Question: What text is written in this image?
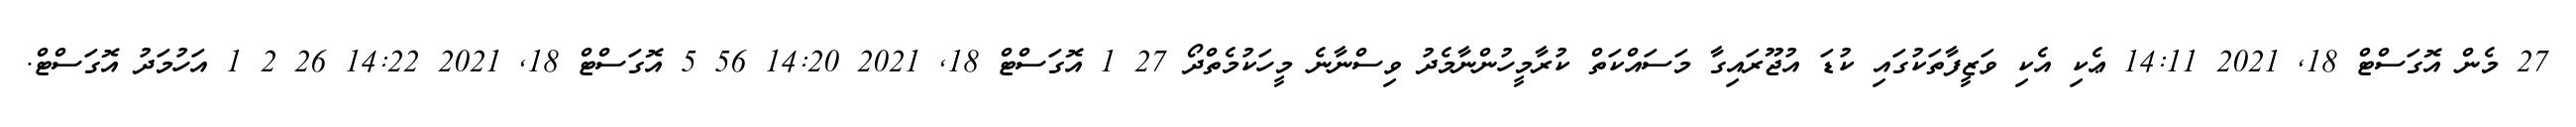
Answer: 27 މެން އޮގަސްޓް 18, 2021 14:11 ޢެކި އެކި ވަޒީފާތަކުގައި ކުޑަ އުޖޫރައިގާ މަސައްކަތް ކުރާމީހުންނާމެދު ވިސްނާނެ މީހަކުމެތްދޯ 27 1 އޮގަސްޓް 18, 2021 14:20 56 5 އޮގަސްޓް 18, 2021 14:22 26 2 1 އަހުމަދު އޮގަސްޓް.